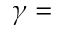
\gamma =